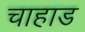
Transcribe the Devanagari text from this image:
चाहाड